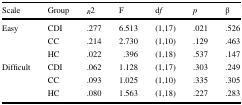
<table><thead><tr><td><b>Scale</b></td><td><b>Group</b></td><td><b><sub><i>R</i></sub>2</b></td><td><b>F</b></td><td><b>d<i>f</i></b></td><td><b><i>p</i></b></td><td><b>β</b></td></tr></thead><tbody><tr><td>Easy</td><td>CDI</td><td>.277</td><td>6.513</td><td>(1,17)</td><td>.021</td><td>.526</td></tr><tr><td></td><td>CC</td><td>.214</td><td>2.730</td><td>(1,10)</td><td>.129</td><td>.463</td></tr><tr><td></td><td>HC</td><td>.022</td><td>.396</td><td>(1,18)</td><td>.537</td><td>.147</td></tr><tr><td>Difficult</td><td>CDI</td><td>.062</td><td>1.128</td><td>(1,17)</td><td>.303</td><td>.249</td></tr><tr><td></td><td>CC</td><td>.093</td><td>1.025</td><td>(1,10)</td><td>.335</td><td>.305</td></tr><tr><td></td><td>HC</td><td>.080</td><td>1.563</td><td>(1,18)</td><td>.227</td><td>.283</td></tr></tbody></table>